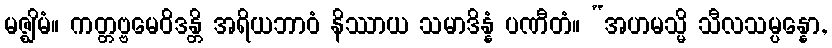
မဇ္ဈိမံ။ ကတ္တဗ္ဗမေဝိဒန္တိ အရိယဘာဝံ နိဿာယ သမာဒိန္နံ ပဏီတံ။ “အဟမသ္မိ သီလသမ္ပန္နော,